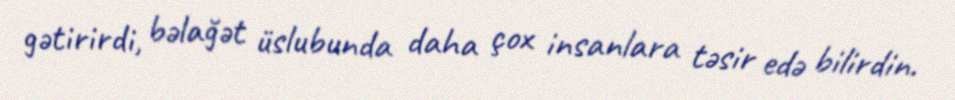
gətirirdi, bəlağət üslubunda daha çox insanlara təsir edə bilirdin.